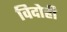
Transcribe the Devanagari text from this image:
विदोही